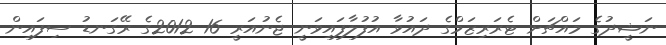
ނަޝީދުގެ މައްޗަށް ޓެރަރިޒަމްގެ ދައުވާ އުފުލާފައިވަނީ ޖެނުއަރީ 16 2012ގެ ރޭގަނޑު ސިފައިން